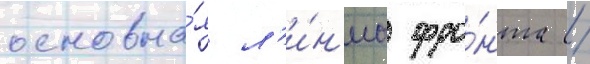
основна́я л'и́н'иа фро́нта /